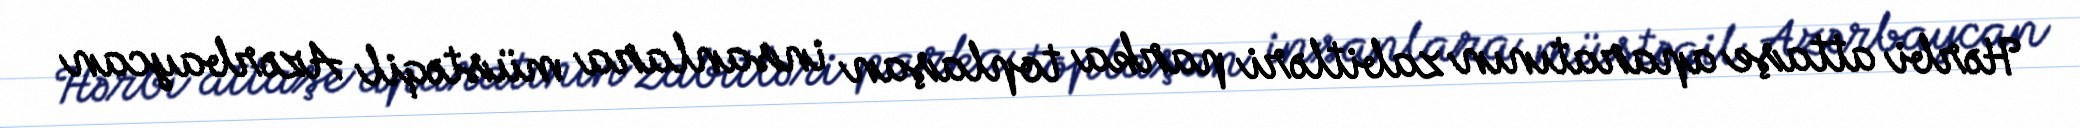
Hərbi attaşe aparatının zabitləri parka toplaşan insanlara müstəqil Azərbaycan